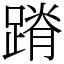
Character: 蹐